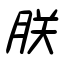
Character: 朕